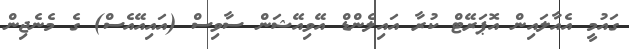
ގައުމީ އެއާލައިން އޮޕަރޭޓް ކުރާ އައިލެންޑް އޭވިއޭޝަން ސާވިސް (އައިއޭއެސް) ގެ މެނެޖިން